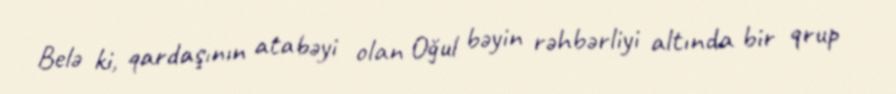
Belə ki, qardaşının atabəyi olan Oğul bəyin rəhbərliyi altında bir qrup